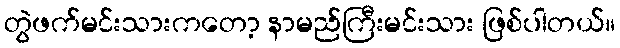
တွဲဖက်မင်းသားကတော့ နာမည်ကြီးမင်းသား ဖြစ်ပါတယ်။